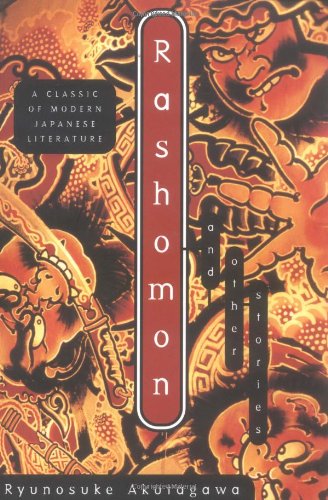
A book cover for Rashomon and Other Stories; Ryunosuke Akutagawa; Literature & Fiction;